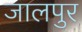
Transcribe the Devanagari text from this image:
जालपुर